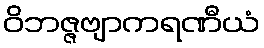
ဝိဘဇ္ဇဗျာကရဏီယံ